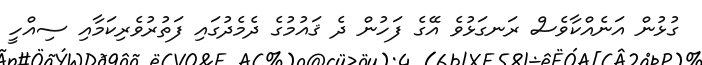
ގުޅުން އަނެއްކާވެސް ރަނގަޅުވެ އޭގެ ފަހުން ދެ ޤައުމުގެ ދެމެދުގައި ފަތުރުވެރިކަމާއި ސިއްހީ